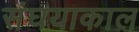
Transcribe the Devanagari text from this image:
संघयाकाल